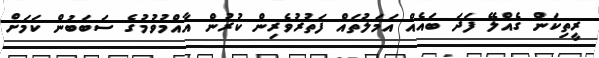
ރީތިކަން ގެއްލޭ ފަދަ ބައެއް އަމަލުތައް ފަތުރުވެރިން ކުރުން އާއްމުވުމުގެ ސަބަބުން ކަމަށް